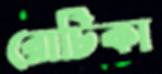
রোটিকা